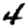
Digit: 4